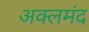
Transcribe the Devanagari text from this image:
अक्लमंद